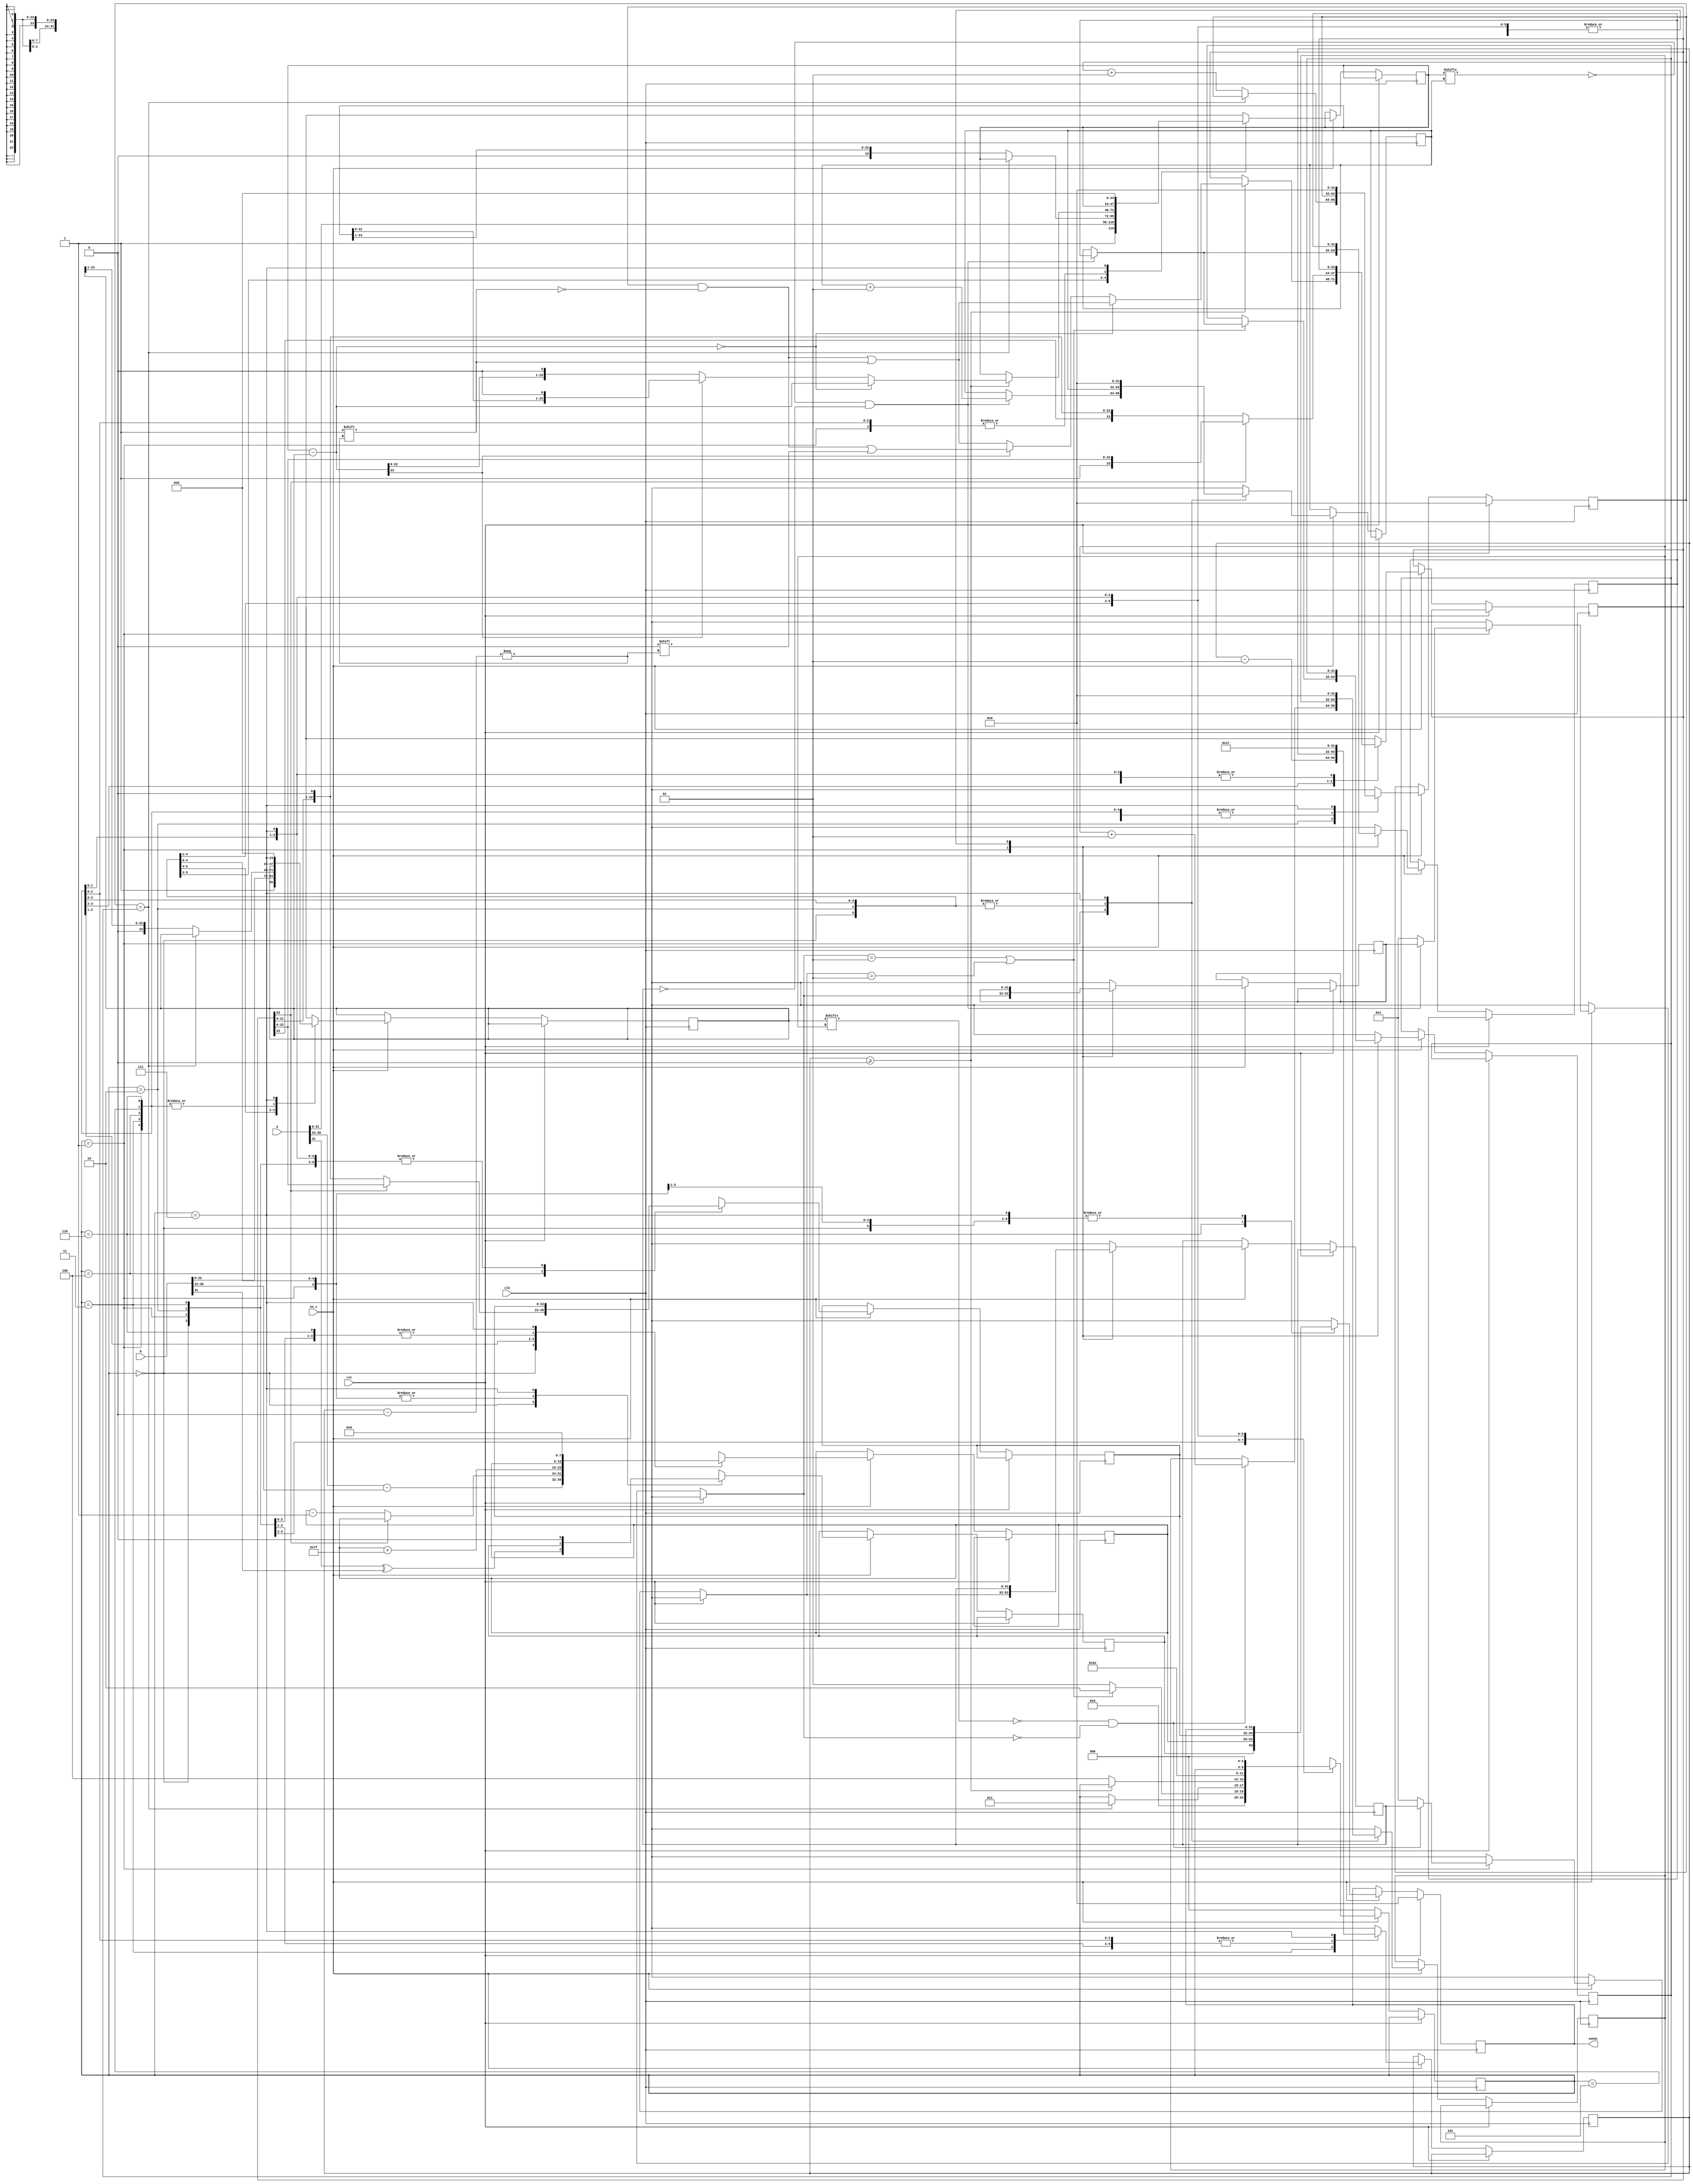
`timescale 1ns / 1ps

module fp_bolme(a,b,clk,rst,sonuc,en_i);
    parameter n=32;
    parameter e=8;
    parameter m=23;
    input [n-1:0]a,b;
    input clk,rst,en_i;
    output [n-1:0]sonuc;
    
    integer syca,sycb,min,say_ic1=0,say_ic2=0,say_dis=0,say_bol=m,say_ica=0,say_icb=0,durum1,durum2; //integer 32 bit yer tutar
    reg [2:0] durum=0;
    reg [e-1:0]bias;
    reg s3;
    reg sa,sb;
    reg [n-1:0] ax,sx,bx;
    reg [e-1:0] us2;
    reg [m:0] kalan,bolum;
    reg [m-1:0] bolumson;
    reg [m:0] rma,rmb; //rma,rmb bilimsel formattaki mantissa
    
    reg  [e-1:0] ea,eb;
    reg [m-1:0] ma,mb;
    
    assign sonuc=sx;
    always@(posedge(clk))begin
        if (rst) begin
                ax=0;bx=0;sx=0;
                say_ic1=0;say_dis=0;
            end
        else begin
          if(en_i==1) begin
            say_dis=say_dis+1;
            case(durum)
                0:begin
                    bx=b;
                    ax=a;
                    sa= ax[n-1]; //sign bitleri alnr
                    sb= bx[n-1];
                    ea=ax[n-2:m];  //exponent alnr
                    eb=bx[n-2:m];
                    ma=ax[m-1:0]; //mantissalar alnr
                    mb=bx[m-1:0];
                    s3=sa^sb;  
                    us2=ea-eb;
                    rma={1'b1,ma}; //mantissann sol tarafna bit eklenir. bitin deeri 1dir. bilimsel formatta olur
                    rmb={1'b1,mb};
                    durum=1;
                end
                1:begin  //max saa kaydrma ilemi yaplabilsin diye her iki sayda da sadan baklnca ilk 1 baklr
                    if(rma[say_ica]==0 && durum2==0)begin
                        say_ica=say_ica+1;
                    end
                    else begin
                        syca=say_ica; //0 saysn tutar  
                        durum1=1;
                    end
                    
                    if(rmb[say_icb]==0 && durum1==0)begin 
                        say_icb=say_icb+1;
                    end
                    else begin
                        sycb=say_icb;
                        durum2=1;
                    end
                    
                    if(durum1==1 || durum2==1)begin /////////////
                        min=syca; 
                        durum=2;
                    end
                    else begin
                        durum=1;
                    end
                end
                2:begin
                     if(say_ic1==min)begin 
                            durum=3;
                        end
                        else begin 
                            say_ic1=say_ic1+1;
                            rma=rma>>1;   //shift left
                            rmb=rmb>>1;
                        end
                end
                3:begin
                    if(say_bol>=0)begin //bolum deikeninin bitlerini dolap deer vermesi iin say_bol kullanld.
                        kalan=rma-rmb;               //23ten balatld
                        if(kalan==0)begin  //kalan 0 olduunda durumu
                            bolum[say_bol]=1;
                            rma=kalan;
                        end
                        else if(kalan[m]==0) begin //1, olma durumu
                            bolum[say_bol]=1; 
                            rma=kalan;
                            rma=rma<<1;
                        end
                        else begin 
                            bolum[say_bol]=0;
                            rma=rma<<1;          
                        end
                    end
                    else begin
                        durum=4;
                    end
                    say_bol=say_bol-1;
                end
                    
                4:begin
                    if(bolum[m]==0)begin  //0, ise bilimsele evrilir us azalr
                        bolum=bolum<<1;
                        bolumson=bolum[m-1:0];  
                        us2=us2-1;     
                        durum=5;         
                    end
                    else begin
                        bolumson=bolum[m-1:0];
                        durum=5;
                    end
                end
                5:begin
                     bias=(2**(e-1))-1;
                     us2=us2+bias;
                    durum=6;
                end
                                                              
                6:begin
                    sx={s3,us2,bolumson};
                end
                7:begin
                        bx=0;ax=32'h00000000;sa=0;sb=0;ea=0;eb=0;ma=0;mb=0;s3=0;us2=0;rma=0;rmb=0;
                        say_ic1=0;say_ic2=0;say_bol=m;say_ica=0;say_icb=0;
                        durum = 0;
                        say_dis=0;
                end
            endcase
            end else begin
                    durum = 0;
                    say_dis=0;
            end
        end 
      end
endmodule